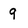
Character: 9